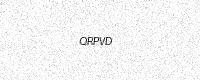
Text: QRPVD